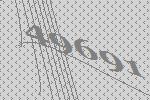
49691